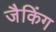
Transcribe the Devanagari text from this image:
जैकिंग